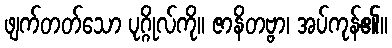
ဖျက်တတ်သော ပုဂ္ဂိုလ်ကို။ ဇာနိတဗ္ဗာ၊ အပ်ကုန်၏။